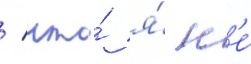
/ что́ я́ н'е́